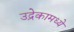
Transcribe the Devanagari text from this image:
उद्रेकामध्ये